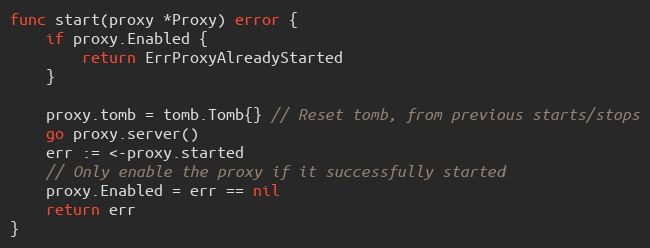
Language: Go
func start(proxy *Proxy) error {
	if proxy.Enabled {
		return ErrProxyAlreadyStarted
	}

	proxy.tomb = tomb.Tomb{} // Reset tomb, from previous starts/stops
	go proxy.server()
	err := <-proxy.started
	// Only enable the proxy if it successfully started
	proxy.Enabled = err == nil
	return err
}